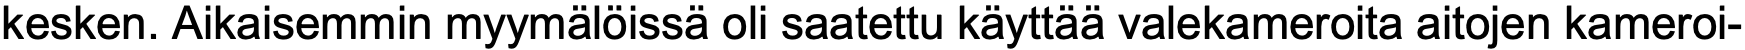
kesken. Aikaisemmin myymälöissä oli saatettu käyttää valekameroita aitojen kameroi-